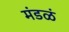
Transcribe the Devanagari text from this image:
मंडळं